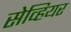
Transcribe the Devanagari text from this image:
सेव्हियर